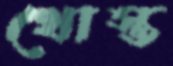
খোস্ত